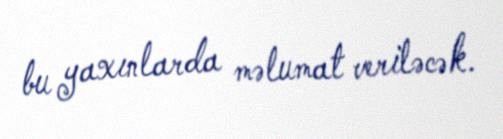
bu yaxınlarda məlumat veriləcək.